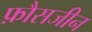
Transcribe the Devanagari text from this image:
फ़ौसजीन